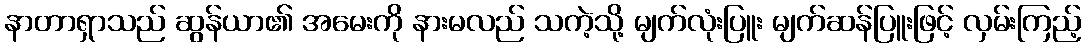
နာတာရှာသည် ဆွန်ယာ၏ အမေးကို နားမလည် သကဲ့သို့ မျက်လုံးပြူး မျက်ဆန်ပြူးဖြင့် လှမ်းကြည့်